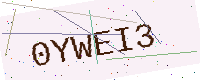
Text: 0YWEI3